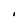
Character: I